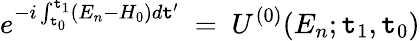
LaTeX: e^{-i\int_{\mathtt{t}_{0}}^{\mathtt{t}_{1}}(E_{n}-H_{0})d\mathtt{t}^{\prime}}~=~U^{(0)}(E_{n};\mathtt{t}_{1},\mathtt{t}_{0})